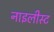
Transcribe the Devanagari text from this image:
नाइलीस्ट